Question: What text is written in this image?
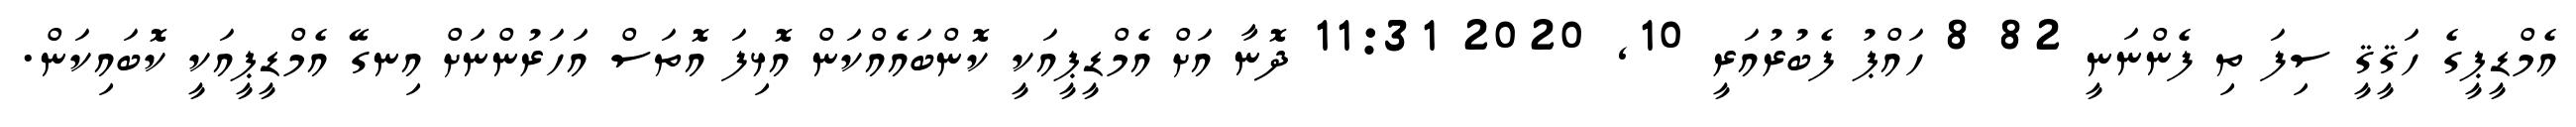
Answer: އެމްޑީޕީގެ ހަޤީޤީ ސިފަ ތި ފެންނަނީ 82 8 ހައްޕު ފެބުރުއަރީ 10, 2020 11:31 ދޮނާ އަށް އެމްޑީޕީއަކީ ކޮންބައެއްކަން އޮޅިފަ އޮތަސް އަހަރުންނަށް އިނގޭ އެމްޑީޕީއަކީ ކޮބައިކަން.